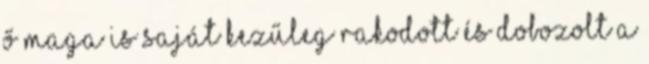
ő maga is saját kezűleg rakodott és dobozolt a